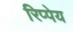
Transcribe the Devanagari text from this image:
रिप्पेय